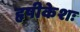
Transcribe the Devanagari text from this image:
हृषीकेशः